Bréfritari: Jakobína Jónsdóttir
Viðtakandi: Sólveig Jónsdóttir
Dagsetning: A-1853-11-13
Skrifað á: Hólmum  S-Múl.
systir bréfviðtakanda

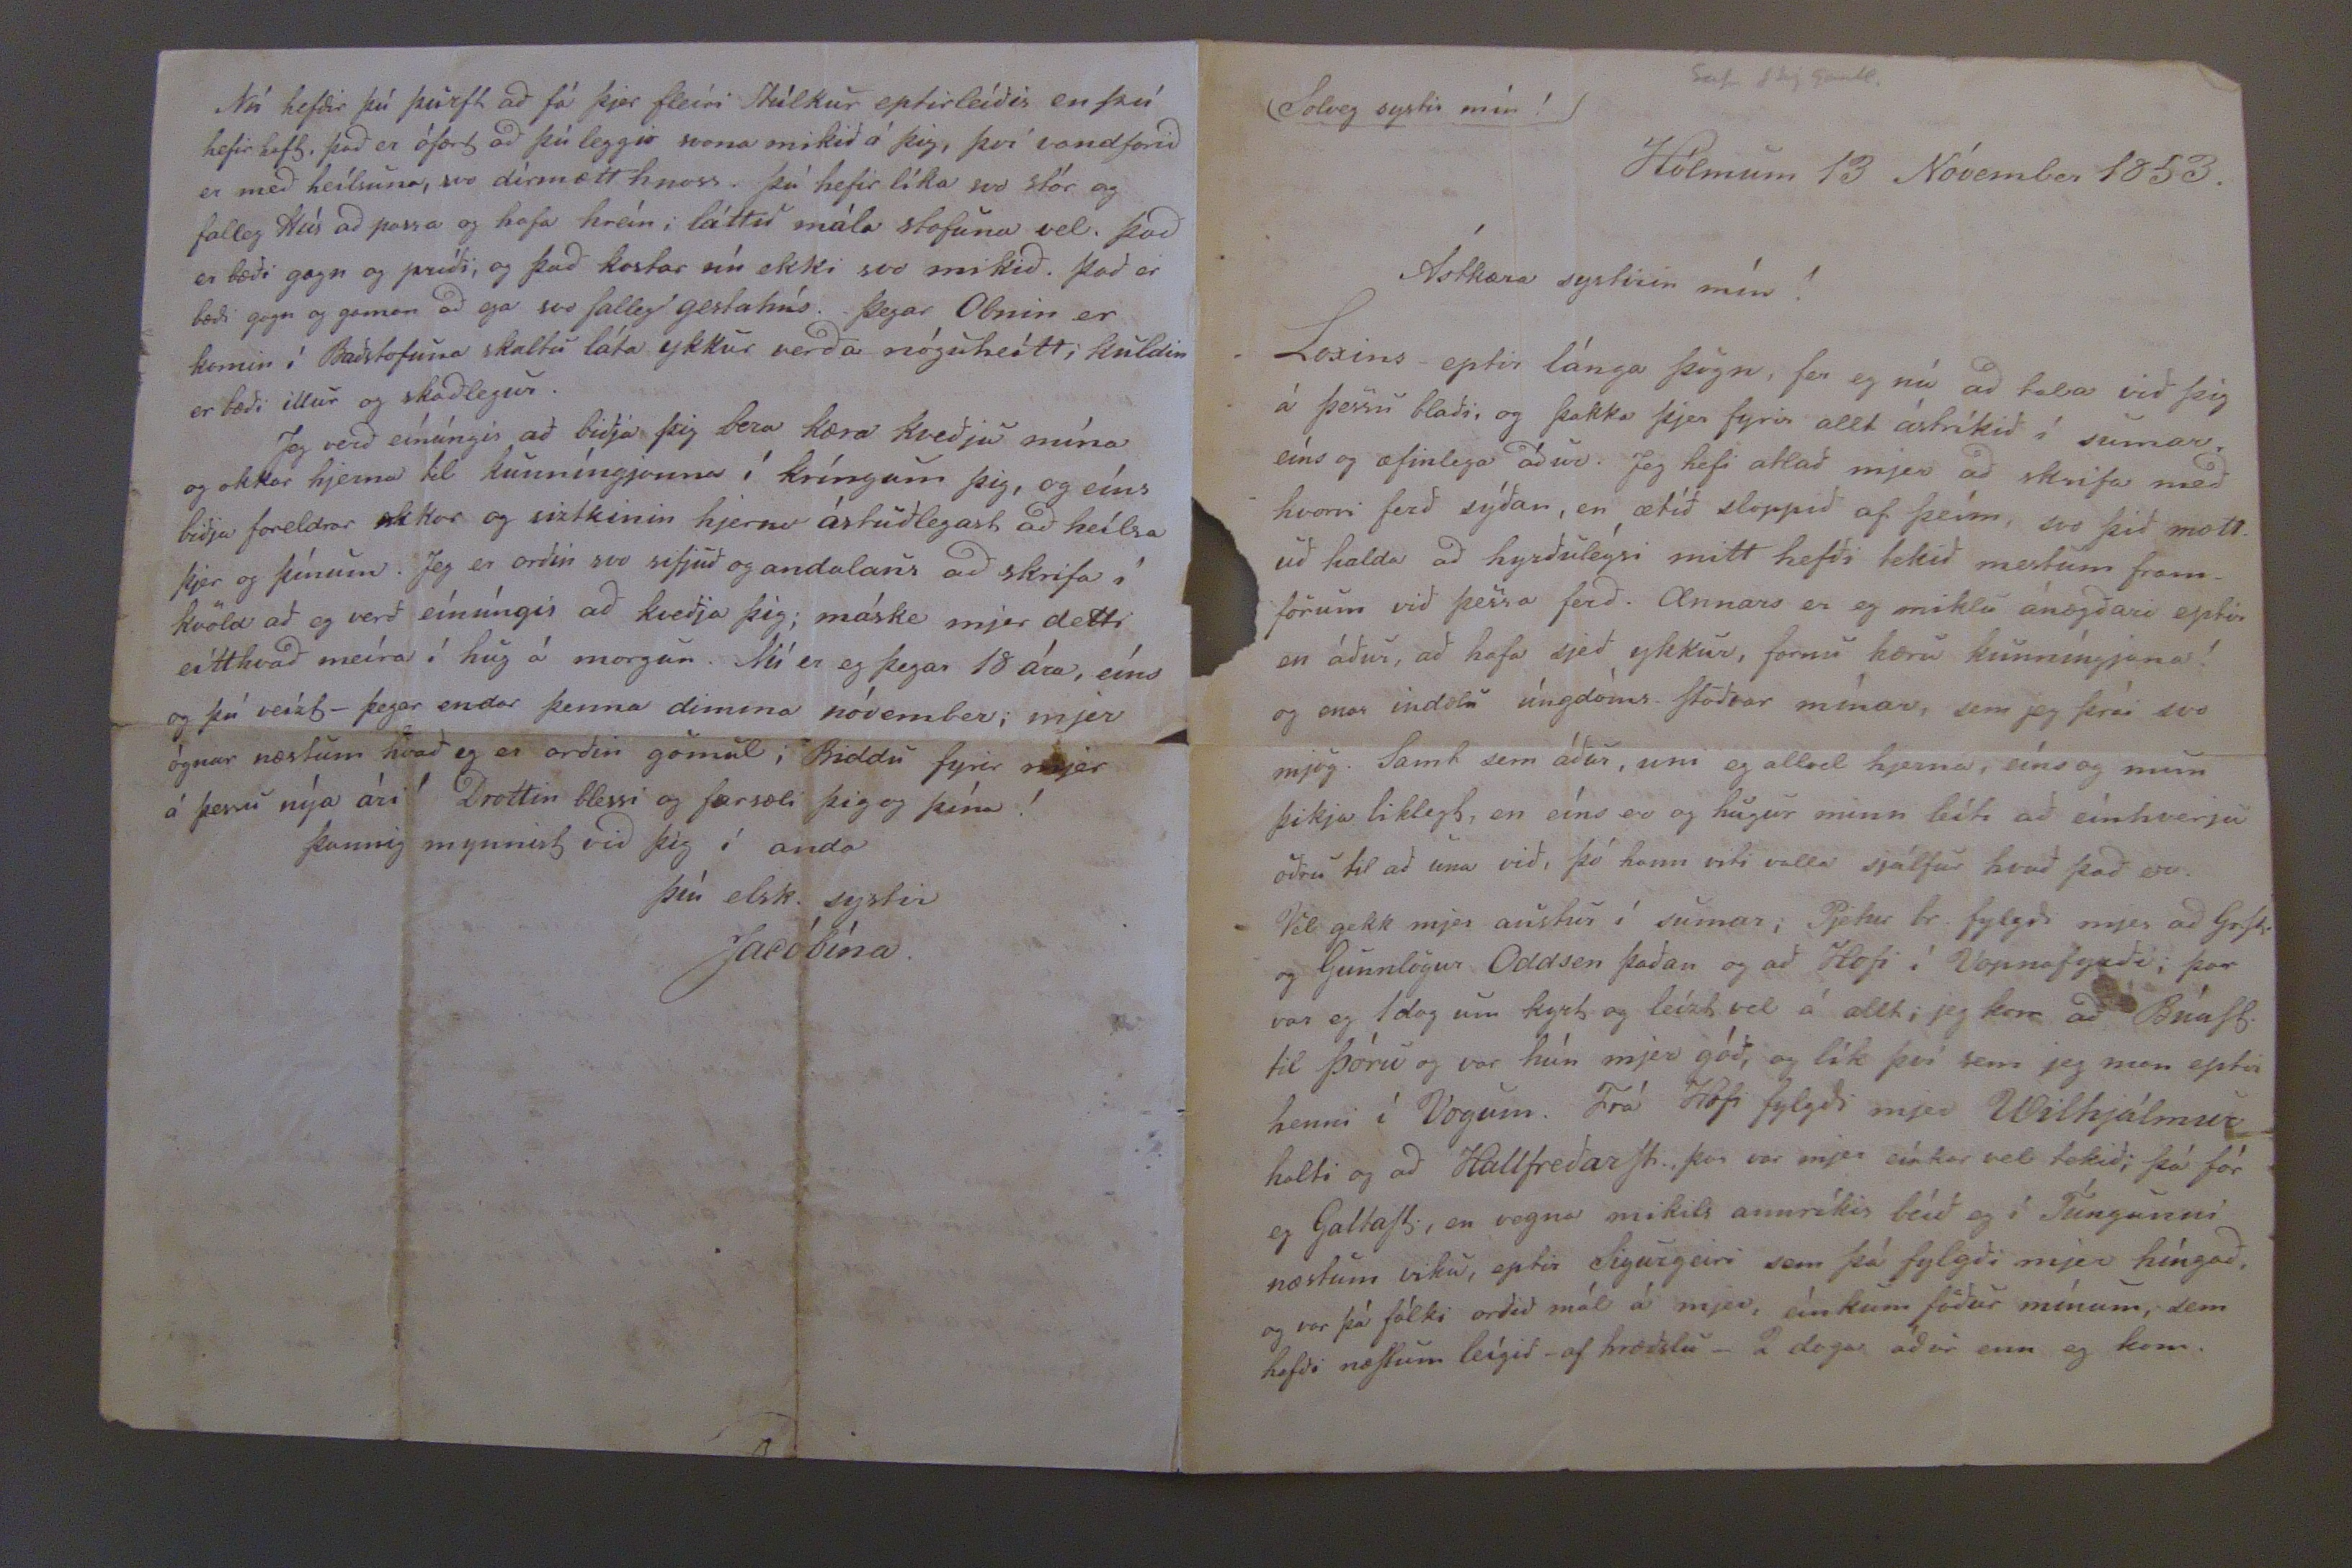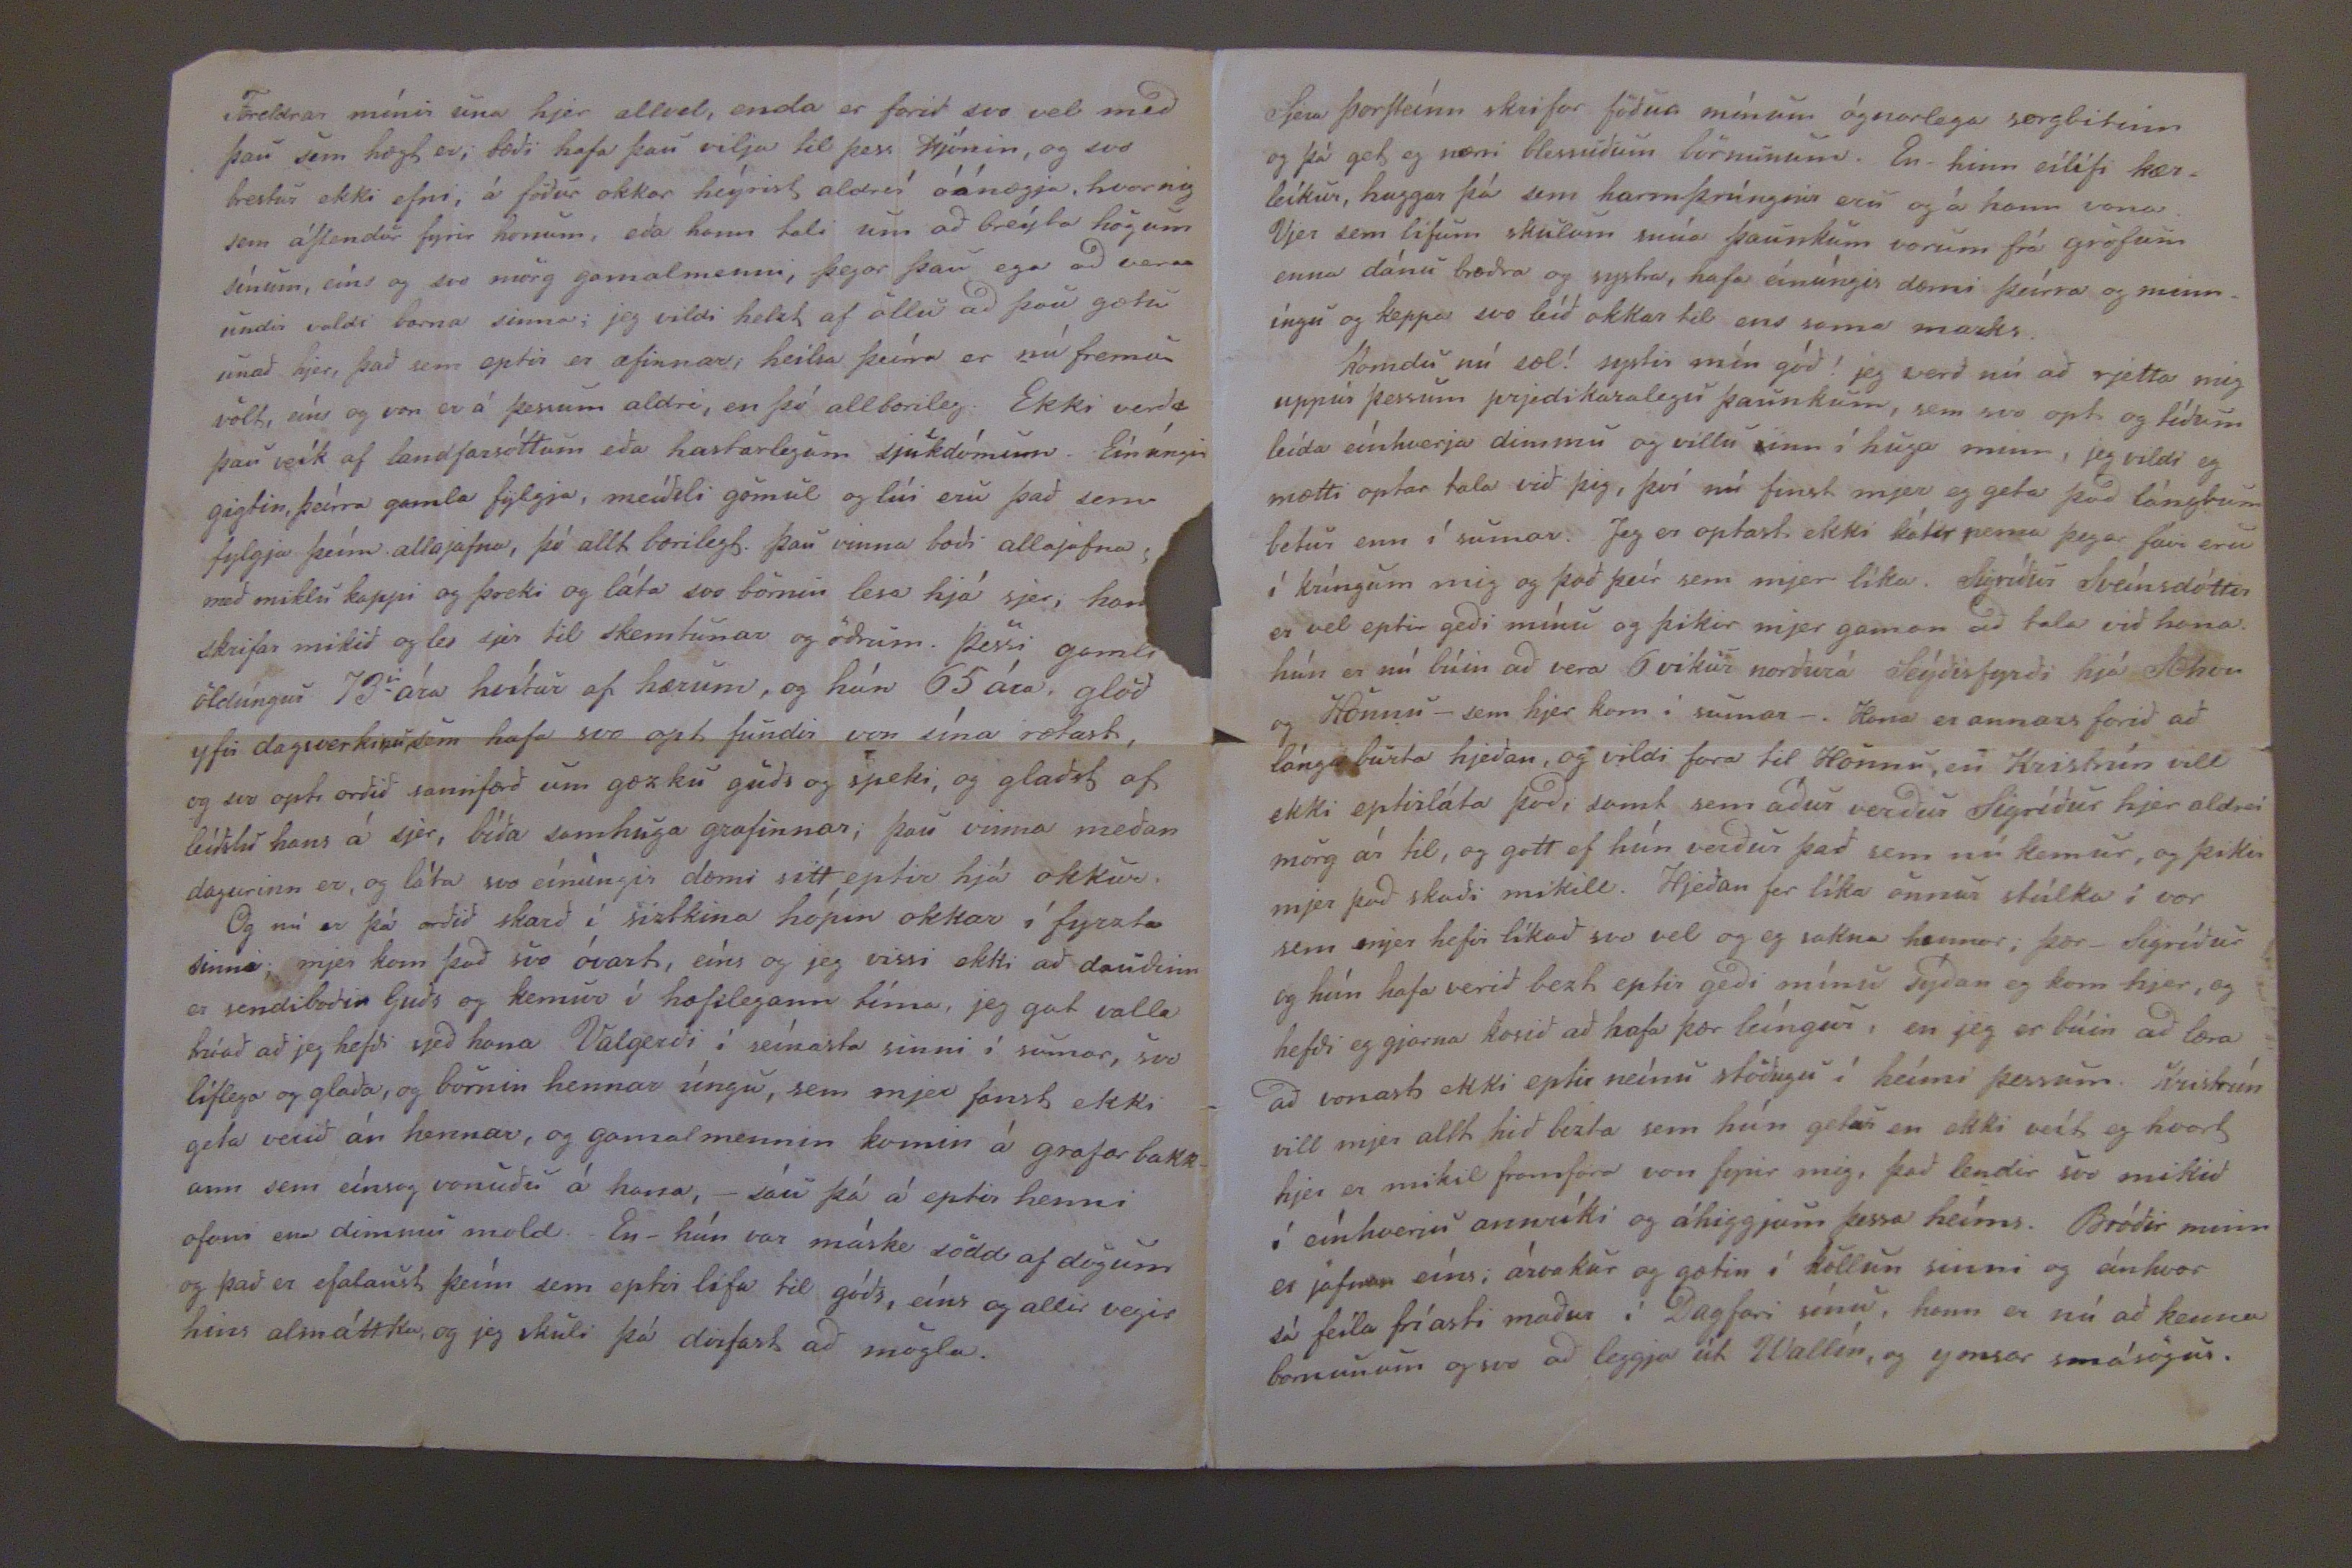

Solveg systir mín!
Hólmum 13 Nóvember 1853.
Ástkæra systirin mín!
Loxins eptir lánga þögn, fer eg nú að tala við þig á þessu blaði, og þakka þjer fyrir allt ástríkið í sumar, eíns og æfinlega áður. Jeg hefi atlað mjer að skrifa með hvorri ferð sýðan, en ætíð sloppið af þeím, svo þið mættuð halda að hyrðuleýsi mitt hefði tekið mestum framförum við þessa ferð. Annars hefði tekið mestum framförum við þessa ferð. Annars er eg miklu ánægðarii eptir en áður, að hafa sjeð ykkur, fornu kæru kunníngjana! og enar indælu úngdóms Stöðvar mínar, sem jeg þrái svo mjög. Sam sem áður uni eg allveg hjerna, eíns og mun þikja liklegt, en eíns er og hugur minn leíti að einhverju öðru til að una við, þó hann viti valla sjálfur hvað það er. Vel gekk mjer austur í sumar; Pjetur br. fylgdi mjer að
GoSt
og Gunnlögur Oddsen þaðan og að Hofi í Vopnafyrði; þar var eg 1 dag um kyrt og leízt vel á allt; jeg kom að BúaSt. til Þóru og var hún mjer góð, og lík því sem jeg man eptir henni í Vogum. Frá Hofi fylgdi mjer Wilhjálmur halti og að HallfreðarSt., þar var mjer eínkar vel tekið; þá fór eg GaltaSt., en vegna mikils annríkis beíð eg í Túngunni næstum viku, eptir Sigurgeiri sem þá fylgði mjer híngað, og var þá fólki orðið mál á mjer, eínkum föður mínum, sem hafði næStum leígið -af hræðslu- 2 daga áður enn eg kom.
Foreldrar mínir una hje allvel, enda er farið svo vel með þau sem hægt er; bæði hafa þau vilja til þess hjónin, og svo brestur ekki efni, á föður okkar heýrist aldreí óánægja, hvernig sem áStendur fyrir honum, eða hann tali um að breýta högum sínum, eíns og svo mörg gamalmenni, þegar þau eiga að vera undir valdi barna sinna; jeg vildi helzt af öllu að þau gætu unað hjer, það sem eptir er æfinnar; heilsa þeirra er nú fremur völt, eíns og von er á þessum aldri, en þó allbærileg. Ekki verða þau veík af landfarsóttum eða hastarlegum sjúkdómum. Eínúngis gigtin, þeírra gamla fylgja, meíðsli gömul og lúi eru það sem fylgja þeím allajafna, þó alllt bærilegt. Þau vinna bæði allajafna með miklu kappi og þreki og láta svo bprnin lesa hjá sjer, han
skrifar mikið og les sjer til skemtunar og öðrum. Þessi gamli öldungur 73 ára hvítur af bærum, og hún 65 ára glöð yfir dagsverkinu sem hafa svo opt fundir svon sína rætast, og ssvo opt orðið sannfærð um gæzku guðs og speki, og glaðst af leíðslu hans á sjer, bíða samhuga grafinnar; þau vinna meðan dagurinn er, og láta svo eínungis dæmi sitt eptir hjá okkur.
Og nú er þá orðið skarð í siztkina hópin okkar í fyrzta sinni; mjer kom það svo óvart, eíns og jeg vissi ekki að dauðinn er sendiboðin Guðs og kemur í hæfilegann tíma, jeg gat valla trúað að jeg hefði sjeð hana Valgerði í seínasta sinni í sumar, svo líflega og glaða, og börnin hennar úngu, sem mjer fanst ekki geta verið án hennar, og gamalmennin komin á grafarbakkann sem eínsog vonuðu á hana, - sáu þá á eptir henni ofani ena dimmu mold. En- hún var máske södd af dögum og það er efalaust þeím sem eptir lifa til góðs, eíns og allir vegir hins almáttka, og jeg skuli þá dirfast að mögla.
Nú hefðir þú þurft að fá þjer fleíri Stúlkur eptirleíðis en þú hefir haft. Það er ófært að þú leggir svona mikið á þig, því vandfarið er með heílsuna, svo dírmætt hnoss. Þú hefir líka svo stór og falleg Hús að passa og hafa hreín; láttu mála stofuna vel. það er bæði gagn og príði; og það kostar nú ekki svo mikið. það er bæði gang og gaman að sja svo falleg gestahús. Þegar obnin er komin í Baðstofuna skaltu láta ykkur verða nóguheítt; kuldin er bæði illur og skaðlegur.
Jeg verð eínúngis að biðja þig að bera kæra kveðju til mína og okkar hjerna til kunníngjanna í kríngum þig, og eíns biðja foreldra okkar og siztkinin hjerna ástuðlegast að heílsa þjer og þínum. Jeg er orðin svo sifjuð og andalaus að skrifa í kvöld að eg verð eínúngis að kveðja þig; máske mjer detti eítthvað meíra í hug á morgun. Nú er eg þegar 18 ára, eíns og þú veiztö þegar endar þenna dimma nóvember; mjer ógnar næstum hvað eg er orðin gömul; Biddu fyrir mjer á þessu nýa ári! Drottin blessi og farsæli þig og þína!
þannig þynnist við þig í anda
þín elsk. systir
Jacóbína.
Sjera ÞorSteínn skrifar föður mínum ógnarlega sorgbitinn og þá get eg nærri blessuðum börnunum. En- hinn eílífi kærleíkur, huggar þá sem harmþrúngnir eru og á hann vona. Vjer sem lifum skulum snúa þaunkum vorum frá gröfum enna dánu bræðra og systra, hafa eínúngis dæmi þeírra og minníngu og keppa svo leíð okkar til ens sama mazks.
Komdu nú sæl! systir mín góð! jeg verð nú að rjetta mig uppúr þessum prjedikaralegu þaunkum, sem svo opt og tíðum leída eínhverja dimmu og villu inn í huga minn, jeg vildi eg mætti optar tala við þig, því nú finst mjer eg geta það lángtum betur enn í sumar. Jeg er optast ekki kátir nema þegar
favi
eru í kringum mig o það þeír sem mjer líka. Sigríður Sveínsdóttir er vel eptir geði mínu og þikir mjer gaman að tala við hana. hún er nú búin að vera 6 vikur norðurá Seýðisfyrði hjá
Johan
og Hönnu- sem hjer kom í sumar-. Hana er annars farið að lánga burta hjeðan, og vildi fara til Hönnu, en Krisrún vill ekki eptirláta það, samt sem áður verður Sigríður hjer aldrei mörg ár til, og gott ef hún verður það sem nú kemur, og þikir mjer það skaði mikill. Hjeðan fer líka önnur stúlka í vor sem mjer hefir líkað svo vel og eg sakna hennar; þær- Sigríður og hún hafa verið bezt eptir geði mínu sýðan eg kom hjer, og hefði eg gjarna kosið að hafa þær leíngur, en jeg er búin að læra að vonast ekki eptir neínu stöðugu í heími þessum. Kristrún vill mjer allt hið bezta sem hún
getur
en ekki veít eg hvort hjer er mikil framfara von fyrir mig, það bendir svo mikið í eínhverju annríki og áhiggjum þessa heíms. Bróðir minn er jafnan eíns; árvakur og gætin í köllun sinni og eínhvor sá fúla fríasti maður í Dagfæri sínu, hann er nú að kenna bornunum og svo að leggja út Wallín, og ymsar smásögur.